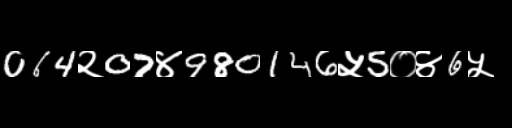
Text: 064२07४980146५5०४6५